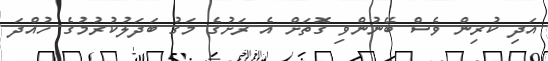
އަދި ކުރިން ވެސް ބޭނުންވި ގޮތަށް އެ ރަށުގެ މަގު ބަދަލުކުރުމުގެ ހުއްދަ